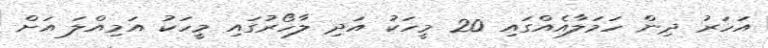
އަހަރު ދިން ހަމަލާއެއްގައި 20 މީހަކު އަދި ލާހޯރުގައި މީހަކު އަމިއްލަ އަށް